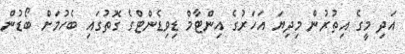
އަދި މީގެ އިތުރުން މިދިޔަ އަހަރުގެ އިންޓާމް ޑިވިޑެންޓްގެ ގޮތުގައި ބެހުމަށް ބޯޑުން